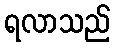
ရလာသည်